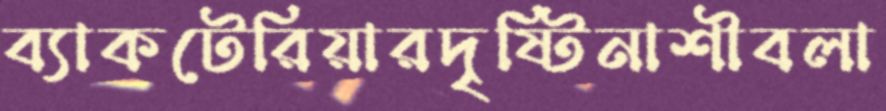
ব্যাকটেরিয়ারদৃষ্টিনাশীবলা